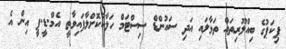
ޕިކަޕުގެ ބިއްލޫރިތައް ތަޅާލައި އަދި ސައުންޑް ސިސްޓަމް ހަލާކުކޮށްލާފައިވާތީ އެމް.ޑީ.ޕީ އިން އެ